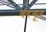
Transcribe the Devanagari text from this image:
बरगूर